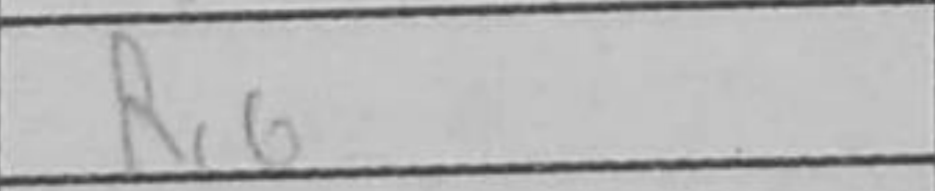
Transcription: Rc6